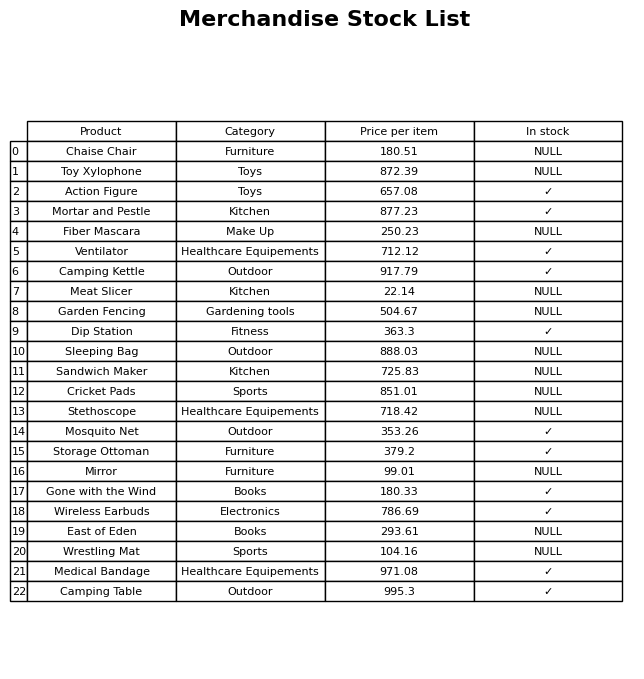
question: What is the price for Mortar and Pestle?
answer: The price of Mortar and Pestle is 877.23.